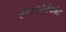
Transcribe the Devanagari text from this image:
हेगददेवंकोट